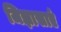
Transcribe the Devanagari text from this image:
जिज्ञासाएं